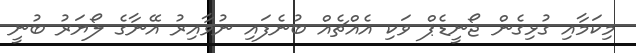
މިކަމާއި ގުޅިގެން ޖޯނީޑެޕް ވަކި އެއްޗެއް ބުނެފައި ނުވާއިރު އޭނާގެ ލޯޔަރު ބުނީ